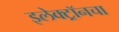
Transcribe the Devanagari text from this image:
इलेक्ट्रॉनचा